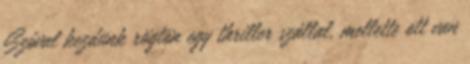
Szóval kezdünk rögtön egy thriller szállal, mellette ott van